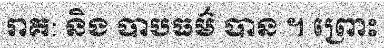
រាគ: និង បាបធម៌ បាន ។ ព្រោះ